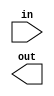
// Given an 8-bit input vector [7:0], reverse its bit ordering.

//Hint: assign out[7:0] = in[0:7]; does not work because Verilog does not allow vector bit ordering to be flipped.
//The concatenation operator may save a bit of coding, allowing for 1 assign statement instead of 8.

module top_module( 
    input [7:0] in,
    output [7:0] out
);

	// Insert your code here
	
endmodule